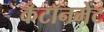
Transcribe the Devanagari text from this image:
कँटॉनमेंट